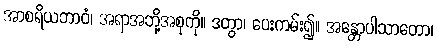
အာစရိယဘာဝံ၊ အရာအဘို့အစုကို။ ဒတွာ၊ ပေးကမ်း၍။ အန္တောပါသာတော၊